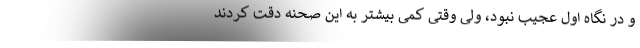
و در نگاه اول عجیب نبود، ولی وقتی کمی بیشتر به این صحنه دقت کردند